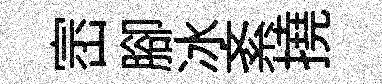
崈腳冰紊撓